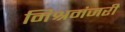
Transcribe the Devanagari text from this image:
मिश्रमंजरी